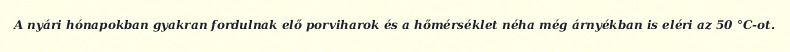
A nyári hónapokban gyakran fordulnak elő porviharok és a hőmérséklet néha még árnyékban is eléri az 50 °C-ot.